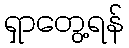
ရှာတွေ့ရန်